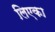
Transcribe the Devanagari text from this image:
लिएका